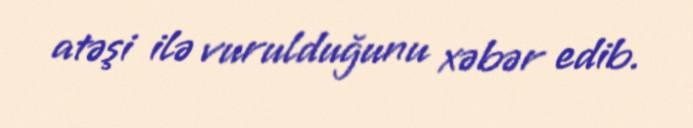
atəşi ilə vurulduğunu xəbər edib.